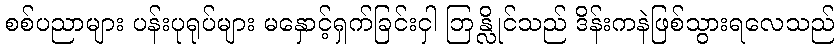
စစ်ပညာများ ပန်းပုရုပ်များ မနှောင့်ရှက်ခြင်းငှါ ဘြန္လိုင်သည် ဒိန်းကနဲဖြစ်သွားရလေသည်